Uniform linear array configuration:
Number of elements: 64
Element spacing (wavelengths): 1
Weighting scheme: exponential
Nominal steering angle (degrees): -15
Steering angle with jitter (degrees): -13.615
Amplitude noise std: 0.05
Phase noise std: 0.05

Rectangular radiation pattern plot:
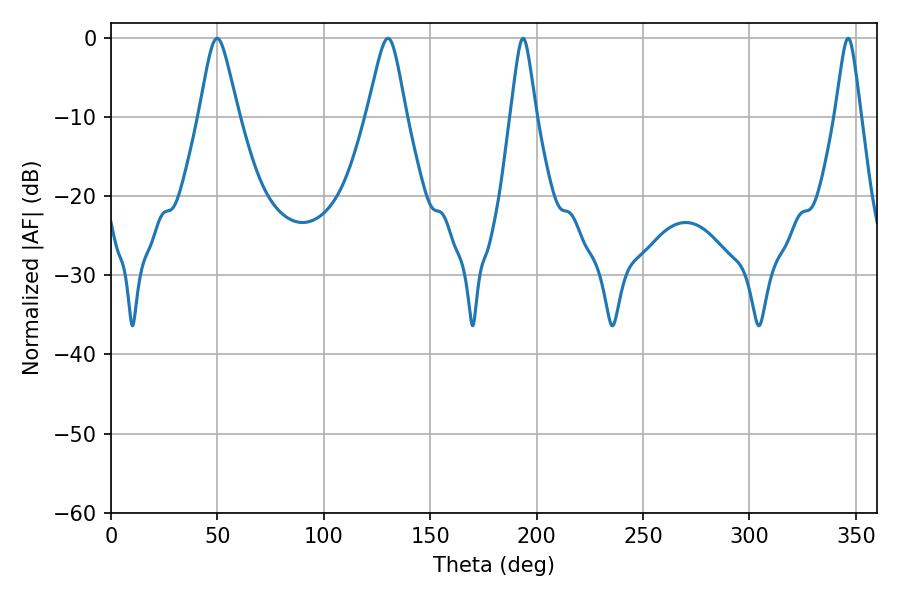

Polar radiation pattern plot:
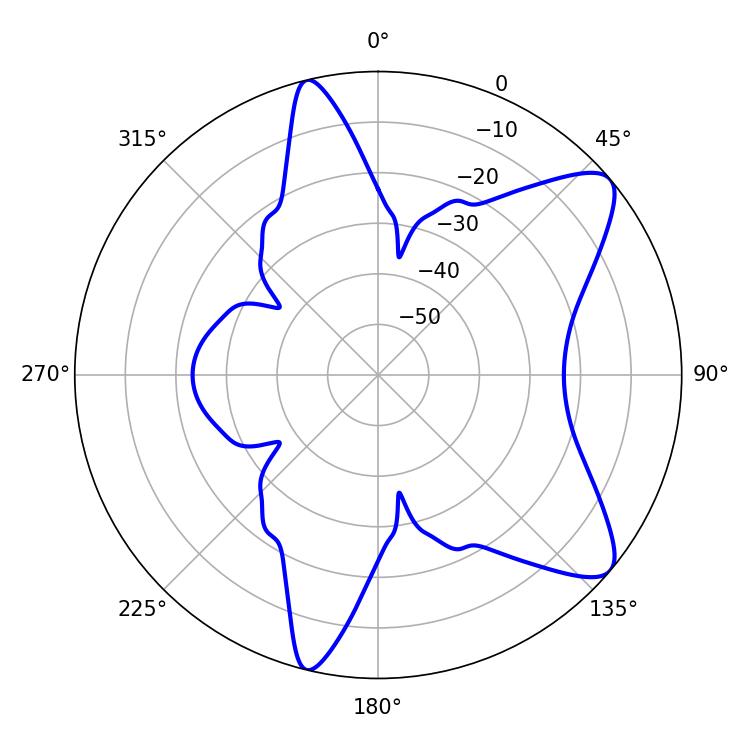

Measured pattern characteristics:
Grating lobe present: TRUE
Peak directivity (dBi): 9.392
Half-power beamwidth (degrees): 8.64
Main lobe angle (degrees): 49.86